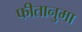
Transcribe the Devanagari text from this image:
फीतानुमा